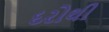
દરોથી